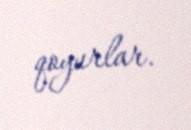
qoyurlar.